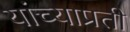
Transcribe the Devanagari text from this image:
यांच्याप्रती